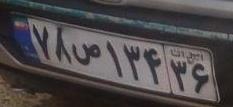
۷۸ص۱۳۴۳۶